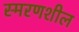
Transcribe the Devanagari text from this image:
स्मरणशील